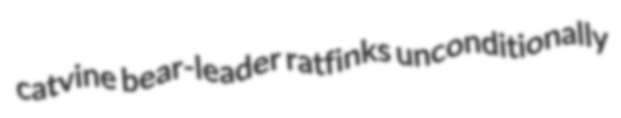
catvine bear-leader ratfinks unconditionally